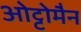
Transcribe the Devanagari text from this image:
ओट्टोमैन